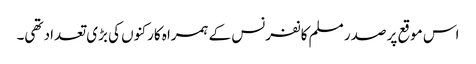
اس موقع پر صدر مسلم کانفرنس کے ہمراہ کارکنوں کی بڑی تعداد تھی۔